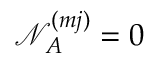
\mathcal { N } _ { A } ^ { ( m j ) } = 0